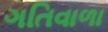
ગતિવાળા